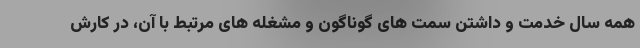
همه سال خدمت و داشتن سمت های گوناگون و مشغله های مرتبط با آن، در کارش